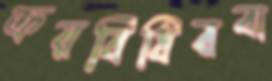
ক্রয়বিধিরবা